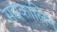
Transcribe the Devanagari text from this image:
सद्यकालिन